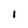
Character: I